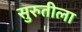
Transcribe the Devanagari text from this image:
सुरुतीला